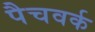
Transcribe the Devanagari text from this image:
पैचवर्क